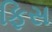
ફિસ